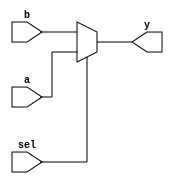
module combinational_logic (
    input wire a,         // Input signal a
    input wire b,         // Input signal b
    input wire sel,       // Selector input for a simple multiplexer
    output reg y         // Output signal y
);

// Always block for combinational logic
always @(*) begin
    // Combinational logic description
    if (sel) begin
        y = a;          // If sel is high, output is a
    end else begin
        y = b;          // If sel is low, output is b
    end
end

endmodule